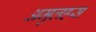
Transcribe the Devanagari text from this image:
अमुलहस